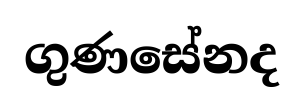
ගුණසේනද